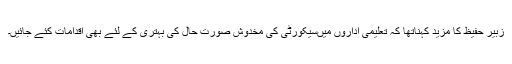
زبیر حفیظ کا مزید کہناتھا کہ تعلیمی اداروں میںسیکورٹی کی مخدوش صورت حال کی بہتری کے لئے بھی اقدامات کئے جائیں۔